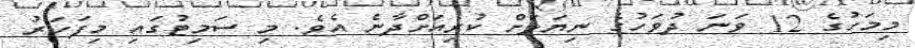
މިމަހުގެ 12 ވަނަ ދުވަހުގެ ނިޔަލަށް ކުރިއަށްދާނެ އެވެ. މި ސަމިޓުގައި މިފަހަރު